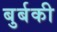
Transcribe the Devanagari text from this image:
बुर्बकी